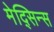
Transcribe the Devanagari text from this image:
मेद्सिन्स